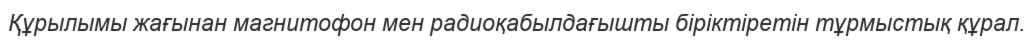
Құрылымы жағынан магнитофон мен радиоқабылдағышты біріктіретін тұрмыстық құрал.